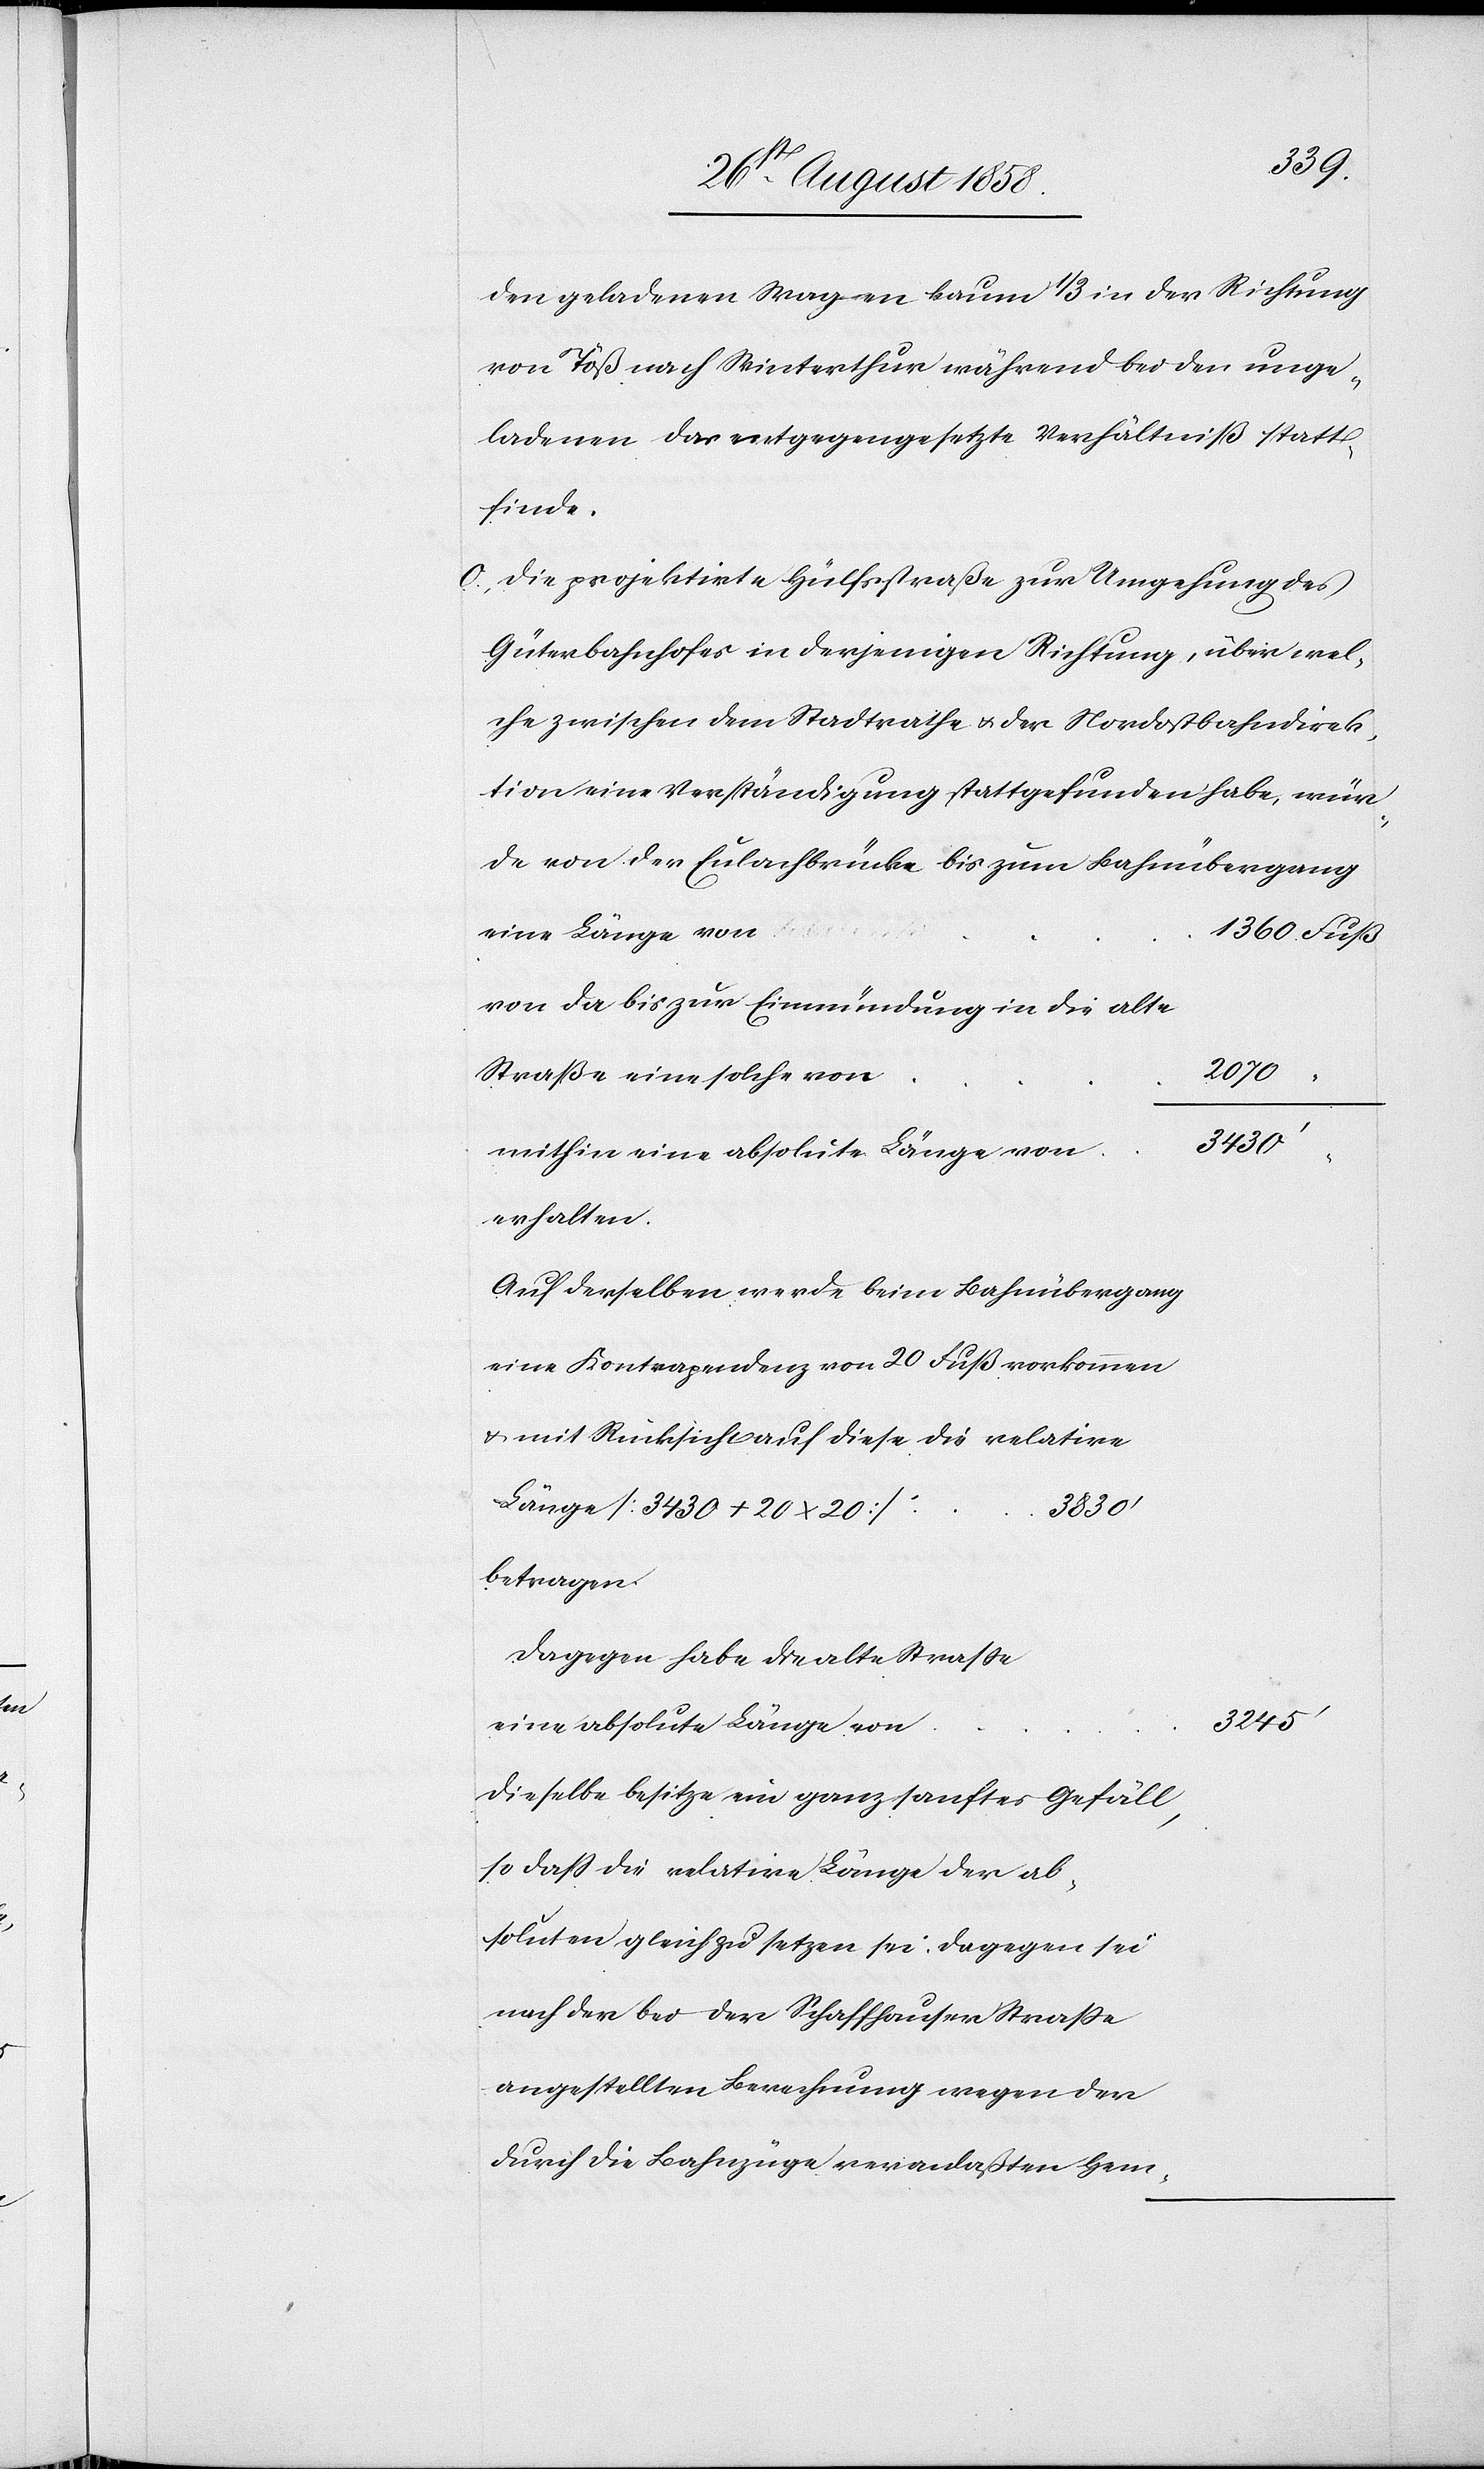
den geladenen Wagen kaum 1/3 in der Richtung
von Töß nach Winterthur während bei den unge¬
ladenen das entgegengesetzte Verhältniß statt¬
finde.
o. Die projektirte Hülfsstraße zur Umgehung des
Güterbahnhofes in derjenigen Richtung, über wel¬
che zwischen dem Stadtrathe & der Nordostbahndirek¬
tion eine Verständigung stattgefunden habe, wür¬
de von der Eulachbrücke bis zum Bahnübergang
1360 Fuß
von da bis zur Einmündung in die alte
2070
Straße eine solche von
3830‘
mithin eine absolute Länge von
erhalten.
Auf derselben werde beim Bahnübergang
eine Kontrapendenz von 20 Fuß vorkommen
& mit Rücksicht auf diese die relative
Länge [3430 + 20 x 20]
betragen.
Dagegen habe die alte Straße
3245‘
eine absolute Länge von
Dieselbe besitze ein ganz sanftes Gefäll,
so dass die relative Länge der ab¬
soluten gleichzusetzen sei. Dagegen sei
nach der bei der Schaffhauser Strasse
angestellten Berechnung wegen der
durch die Bahnzüge veranlaßten Hem-